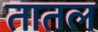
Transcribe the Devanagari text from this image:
तातल